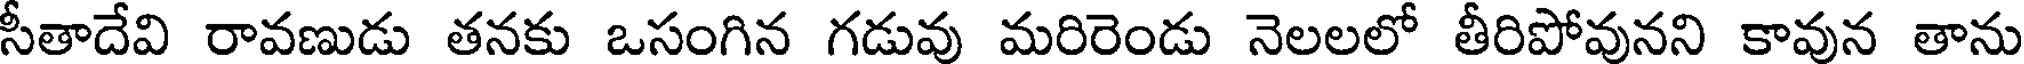
సీతాదేవి రావణుడు తనకు ఒసంగిన గడువు మరిరెండు నెలలలో తీరిపోవునని కావున తాను